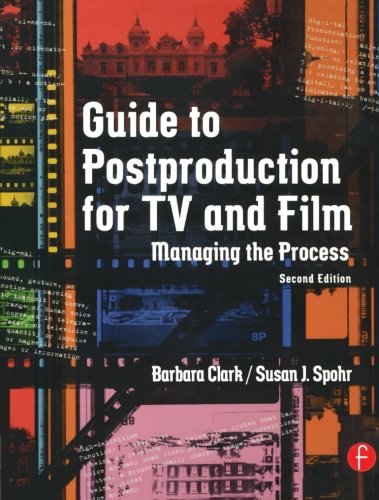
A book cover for Guide to Postproduction for TV and Film: Managing the Process; Barbara Clark; Humor & Entertainment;